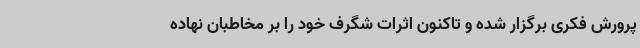
پرورش فکری برگزار شده و تاکنون اثرات شگرف خود را بر مخاطبان نهاده